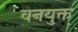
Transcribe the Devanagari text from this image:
वनयुक्त